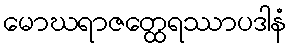
မောဃရာဇတ္ထေရဿာပဒါနံ